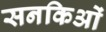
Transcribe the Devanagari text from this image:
सनकिओं